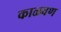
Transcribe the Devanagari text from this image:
काळवण